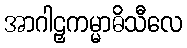
အာဂါဠှကမ္မာဓိသီလေ